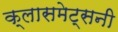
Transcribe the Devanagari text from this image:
क्लासमेट्सनी